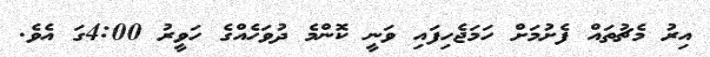
އިރު މެޗުތައް ފެށުމަށް ހަމަޖެހިފައި ވަނީ ކޮންމެ ދުވަހެއްގެ ހަވީރު 4:00ގަ އެވެ.